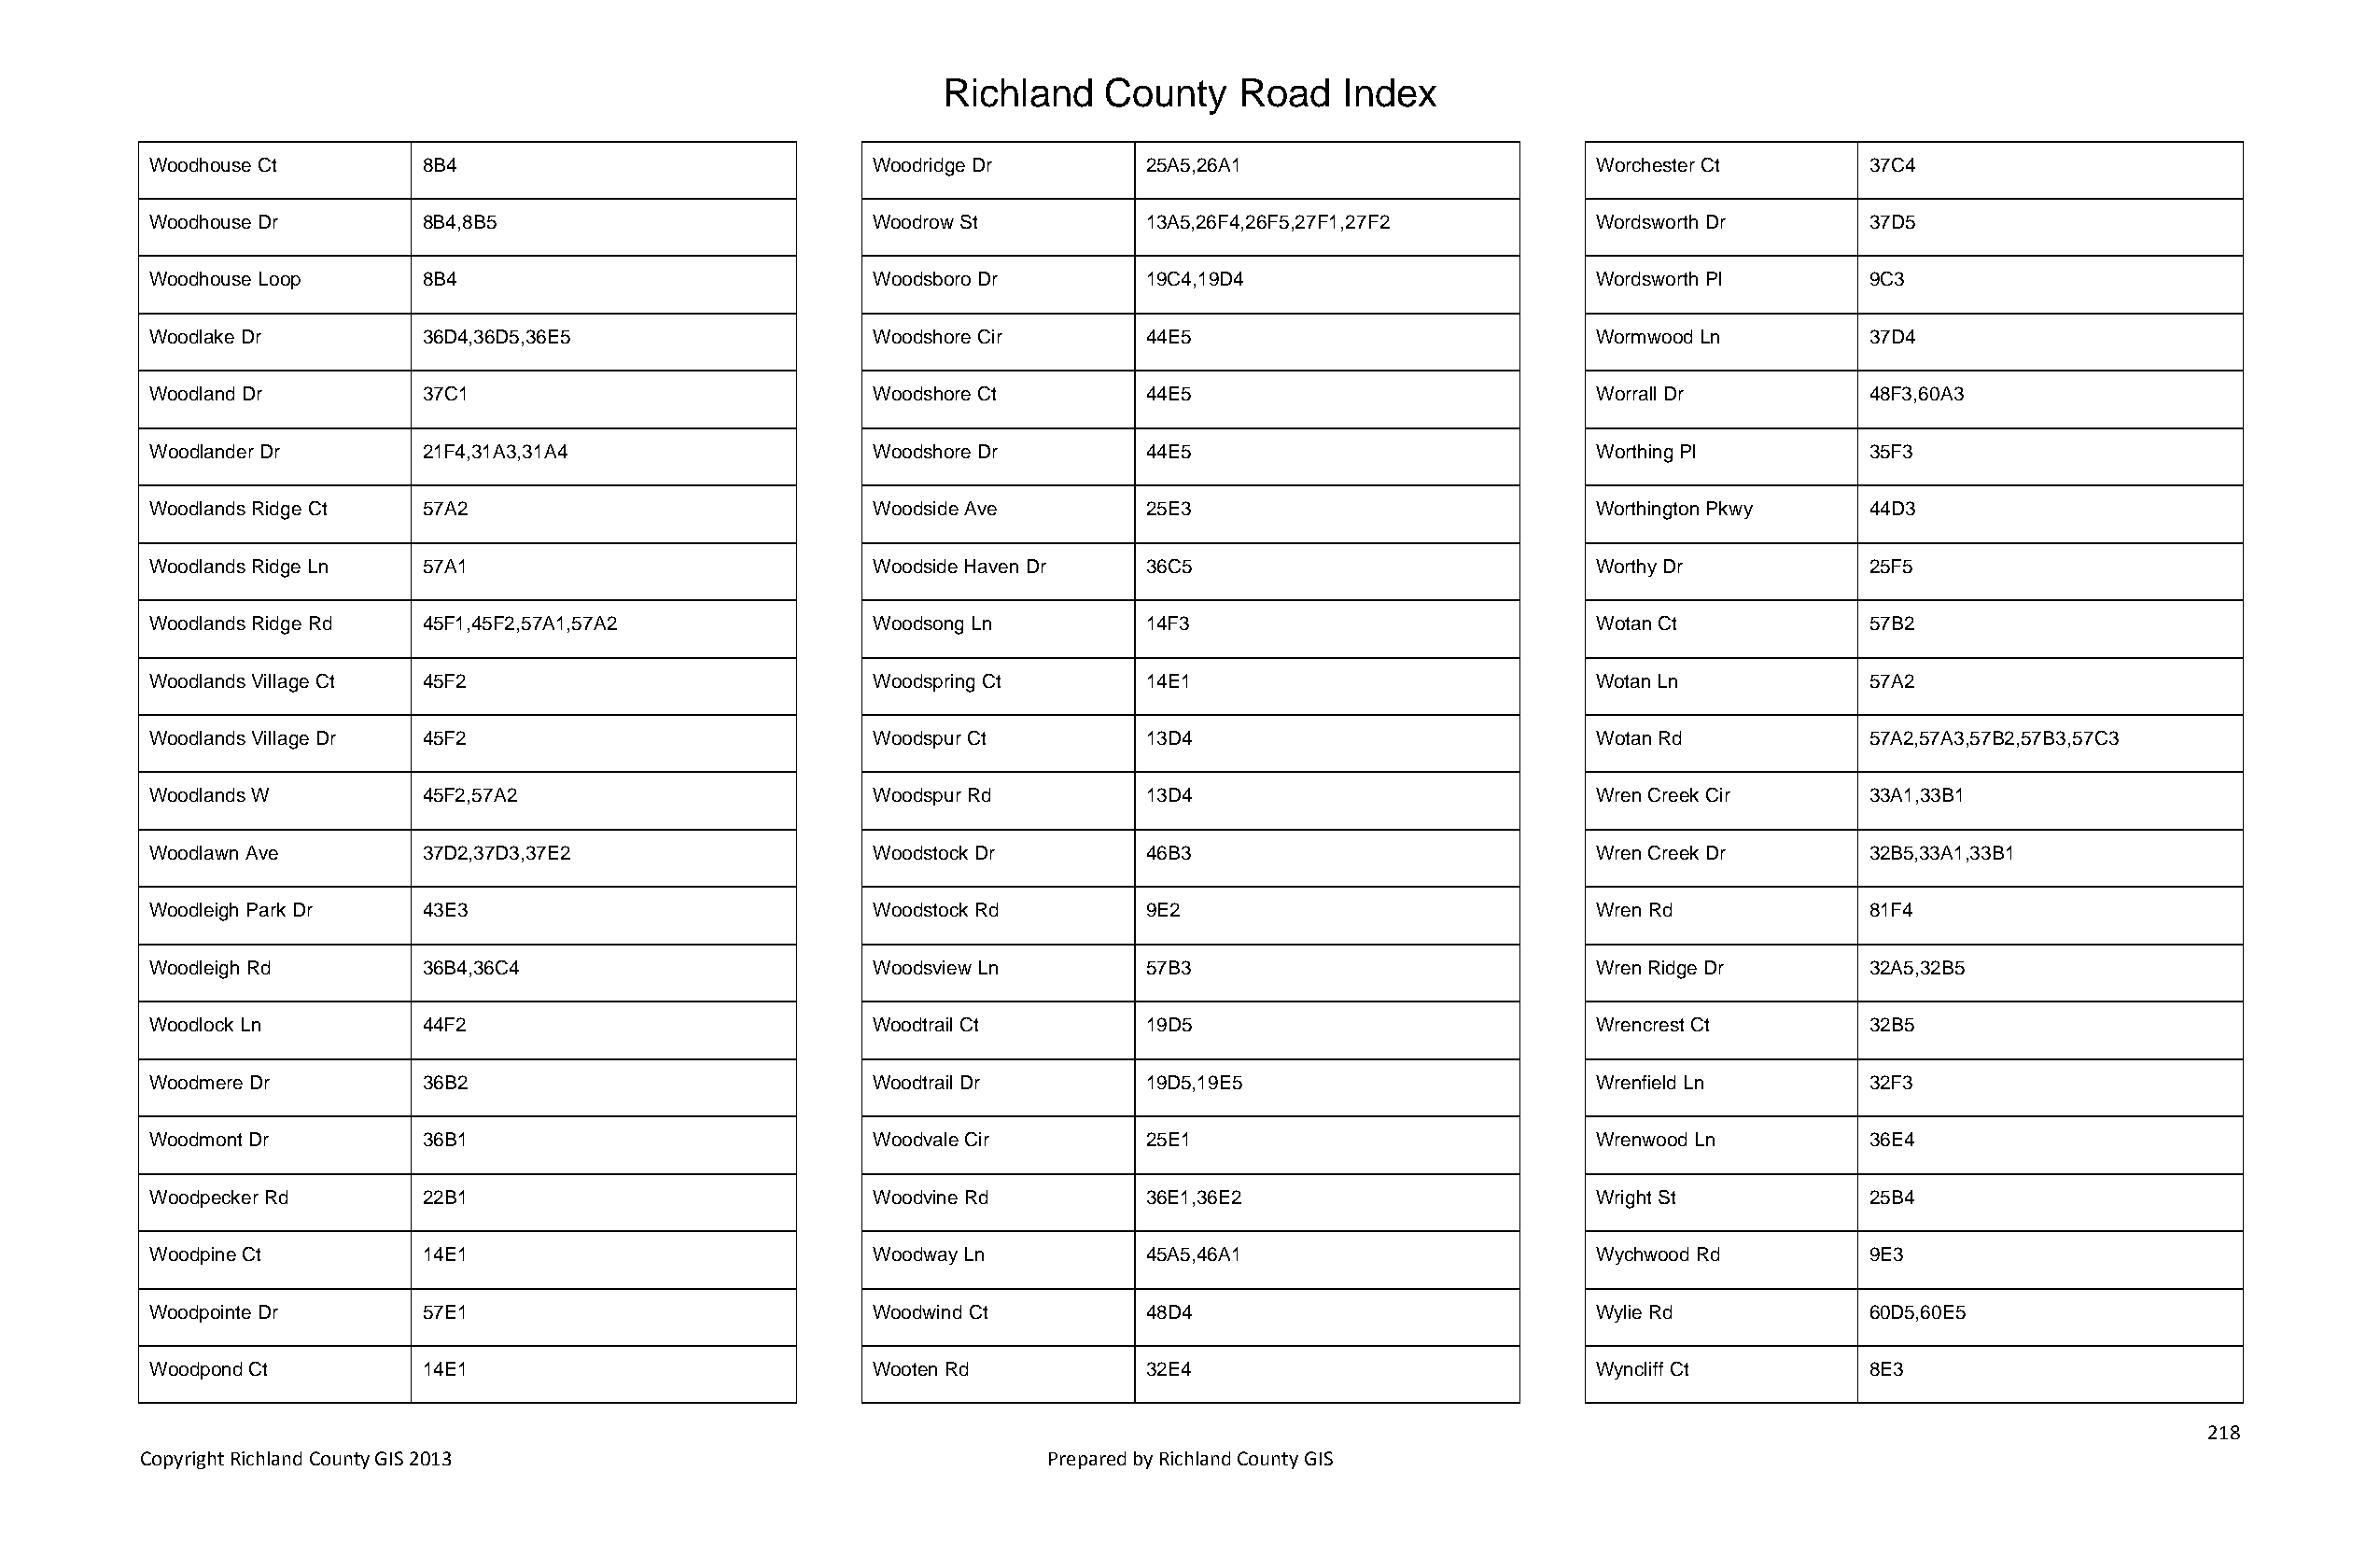
Richland   County    Road   Index
 Woodhouse Ct       8B4                             Woodridge Dr       25A5,26A1                       Worchester Ct       37C4
 Woodhouse Dr       8B4,8B5                         Woodrow St         13A5,26F4,26F5,27F1,27F2        Wordsworth Dr       37D5
 Woodhouse Loop     8B4                             Woodsboro Dr       19C4,19D4                       Wordsworth Pl       9C3
 Woodlake Dr        36D4,36D5,36E5                  Woodshore Cir      44E5                            Wormwood Ln         37D4
 Woodland Dr        37C1                            Woodshore Ct       44E5                            Worrall Dr          48F3,60A3
 Woodlander Dr      21F4,31A3,31A4                  Woodshore Dr       44E5                            Worthing Pl         35F3
 Woodlands Ridge Ct 57A2                            Woodside Ave       25E3                            Worthington Pkwy    44D3
 Woodlands Ridge Ln 57A1                            Woodside Haven Dr  36C5                            Worthy Dr           25F5
 Woodlands Ridge Rd 45F1,45F2,57A1,57A2             Woodsong Ln        14F3                            Wotan Ct            57B2
 Woodlands Village Ct 45F2                          Woodspring Ct      14E1                            Wotan Ln            57A2
 Woodlands Village Dr 45F2                          Woodspur Ct        13D4                            Wotan Rd            57A2,57A3,57B2,57B3,57C3
 Woodlands W        45F2,57A2                       Woodspur Rd        13D4                            Wren Creek Cir      33A1,33B1
 Woodlawn Ave       37D2,37D3,37E2                  Woodstock Dr       46B3                            Wren Creek Dr       32B5,33A1,33B1
 Woodleigh Park Dr  43E3                            Woodstock Rd       9E2                             Wren Rd             81F4
 Woodleigh Rd       36B4,36C4                       Woodsview Ln       57B3                            Wren Ridge Dr       32A5,32B5
 Woodlock Ln        44F2                            Woodtrail Ct       19D5                            Wrencrest Ct        32B5
 Woodmere Dr        36B2                            Woodtrail Dr       19D5,19E5                       Wrenfield Ln        32F3
 Woodmont Dr        36B1                            Woodvale Cir       25E1                            Wrenwood Ln         36E4
 Woodpecker Rd      22B1                            Woodvine Rd        36E1,36E2                       Wright St           25B4
 Woodpine Ct        14E1                            Woodway Ln         45A5,46A1                       Wychwood Rd         9E3
 Woodpointe Dr      57E1                            Woodwind Ct        48D4                            Wylie Rd            60D5,60E5
 Woodpond Ct        14E1                            Wooten Rd          32E4                            Wyncliff Ct         8E3
 218
 Copyright Richland County GIS 2013                              Prepared by Richland County GIS